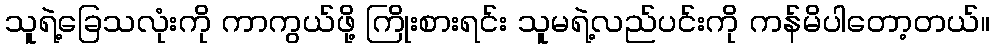
သူရဲ့ခြေသလုံးကို ကာကွယ်ဖို့ ကြိုးစားရင်း သူမရဲ့လည်ပင်းကို ကန်မိပါတော့တယ်။